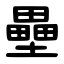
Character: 壘